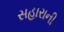
સહારાની